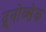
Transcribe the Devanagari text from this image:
द्र्नोव्सेक